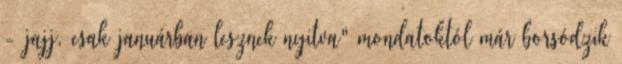
- jajj, csak januárban lesznek nyitva" mondatoktól már borsódzik